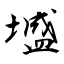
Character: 墭